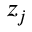
z _ { j }